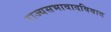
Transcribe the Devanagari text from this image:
राज्यसभावादविवाद